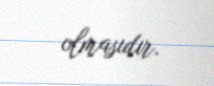
olmasıdır.